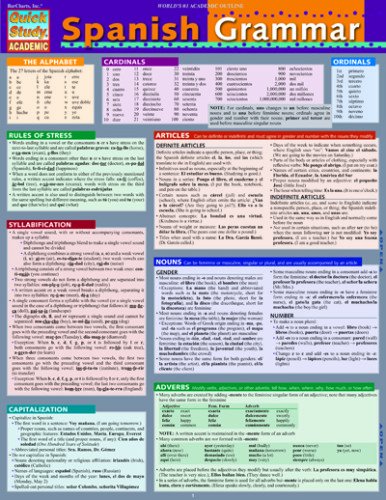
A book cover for Spanish Grammar (Quick Study: Academic); Inc. BarCharts; Health, Fitness & Dieting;